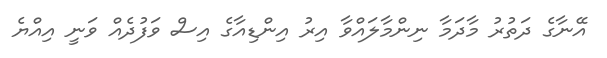
އޭނާގެ ދަތުރު މާދަމާ ނިންމާލައްވާ އިރު އިންޑިއާގެ އިސް ވަފުދެއް ވަނީ އިއްޔެ